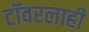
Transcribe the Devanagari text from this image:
टॉवरलाही